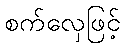
စက်လှေဖြင့်